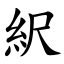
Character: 䋇